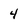
Character: 4